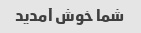
شما خوش آمدید